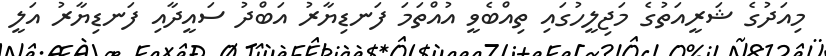
މިއަދުގެ ޝަރީއަތުގެ މަޖިލީހުގައި ތިއްބެވީ އުއްތަމަ ފަނޑިޔާރު އަބްދު ސައީދާއި ފަނޑިޔާރު އަލީ